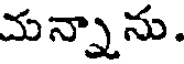
మన్నాను.